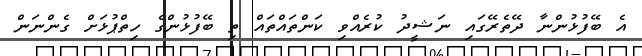
އެ ބޭފުޅުންނާ ދޭތެރޭގައި ނަޝީދު ކުރެއްވި ކަންތައްތައް ތި ބޭފުޅުންގެ ހިތްޕުޅަށް ގެންނަން